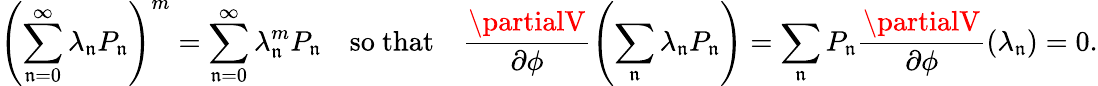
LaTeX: \left(\sum_{\mathfrak{n}=0}^{\infty}\lambda_{\mathfrak{n}}P_{\mathfrak{n}}\right)^{m}=\sum_{\mathfrak{n}=0}^{\infty}\lambda_{\mathfrak{n}}^{m}P_{\mathfrak{n}}\quad\mathrm{{so~that}}\quad\frac{{\partialV}}{{\partial\phi}}\left(\sum_{\mathfrak{n}}\lambda_{\mathfrak{n}}P_{\mathfrak{n}}\right)=\sum_{\mathfrak{n}}P_{\mathfrak{n}}\frac{{\partialV}}{{\partial\phi}}(\lambda_{\mathfrak{n}})=0.